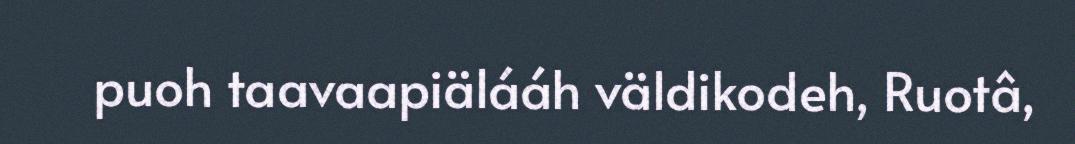
puoh taavaapiälááh väldikodeh, Ruotâ,